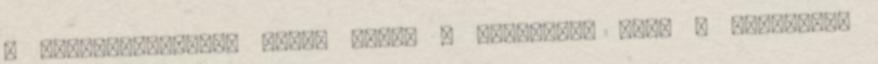
a termékmintákból letét marad a laborban, majd a kivonatot